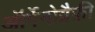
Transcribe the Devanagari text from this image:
ऑर्गेनोग्रैफ़ी